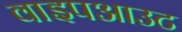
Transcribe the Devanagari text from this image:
वाइपआउट